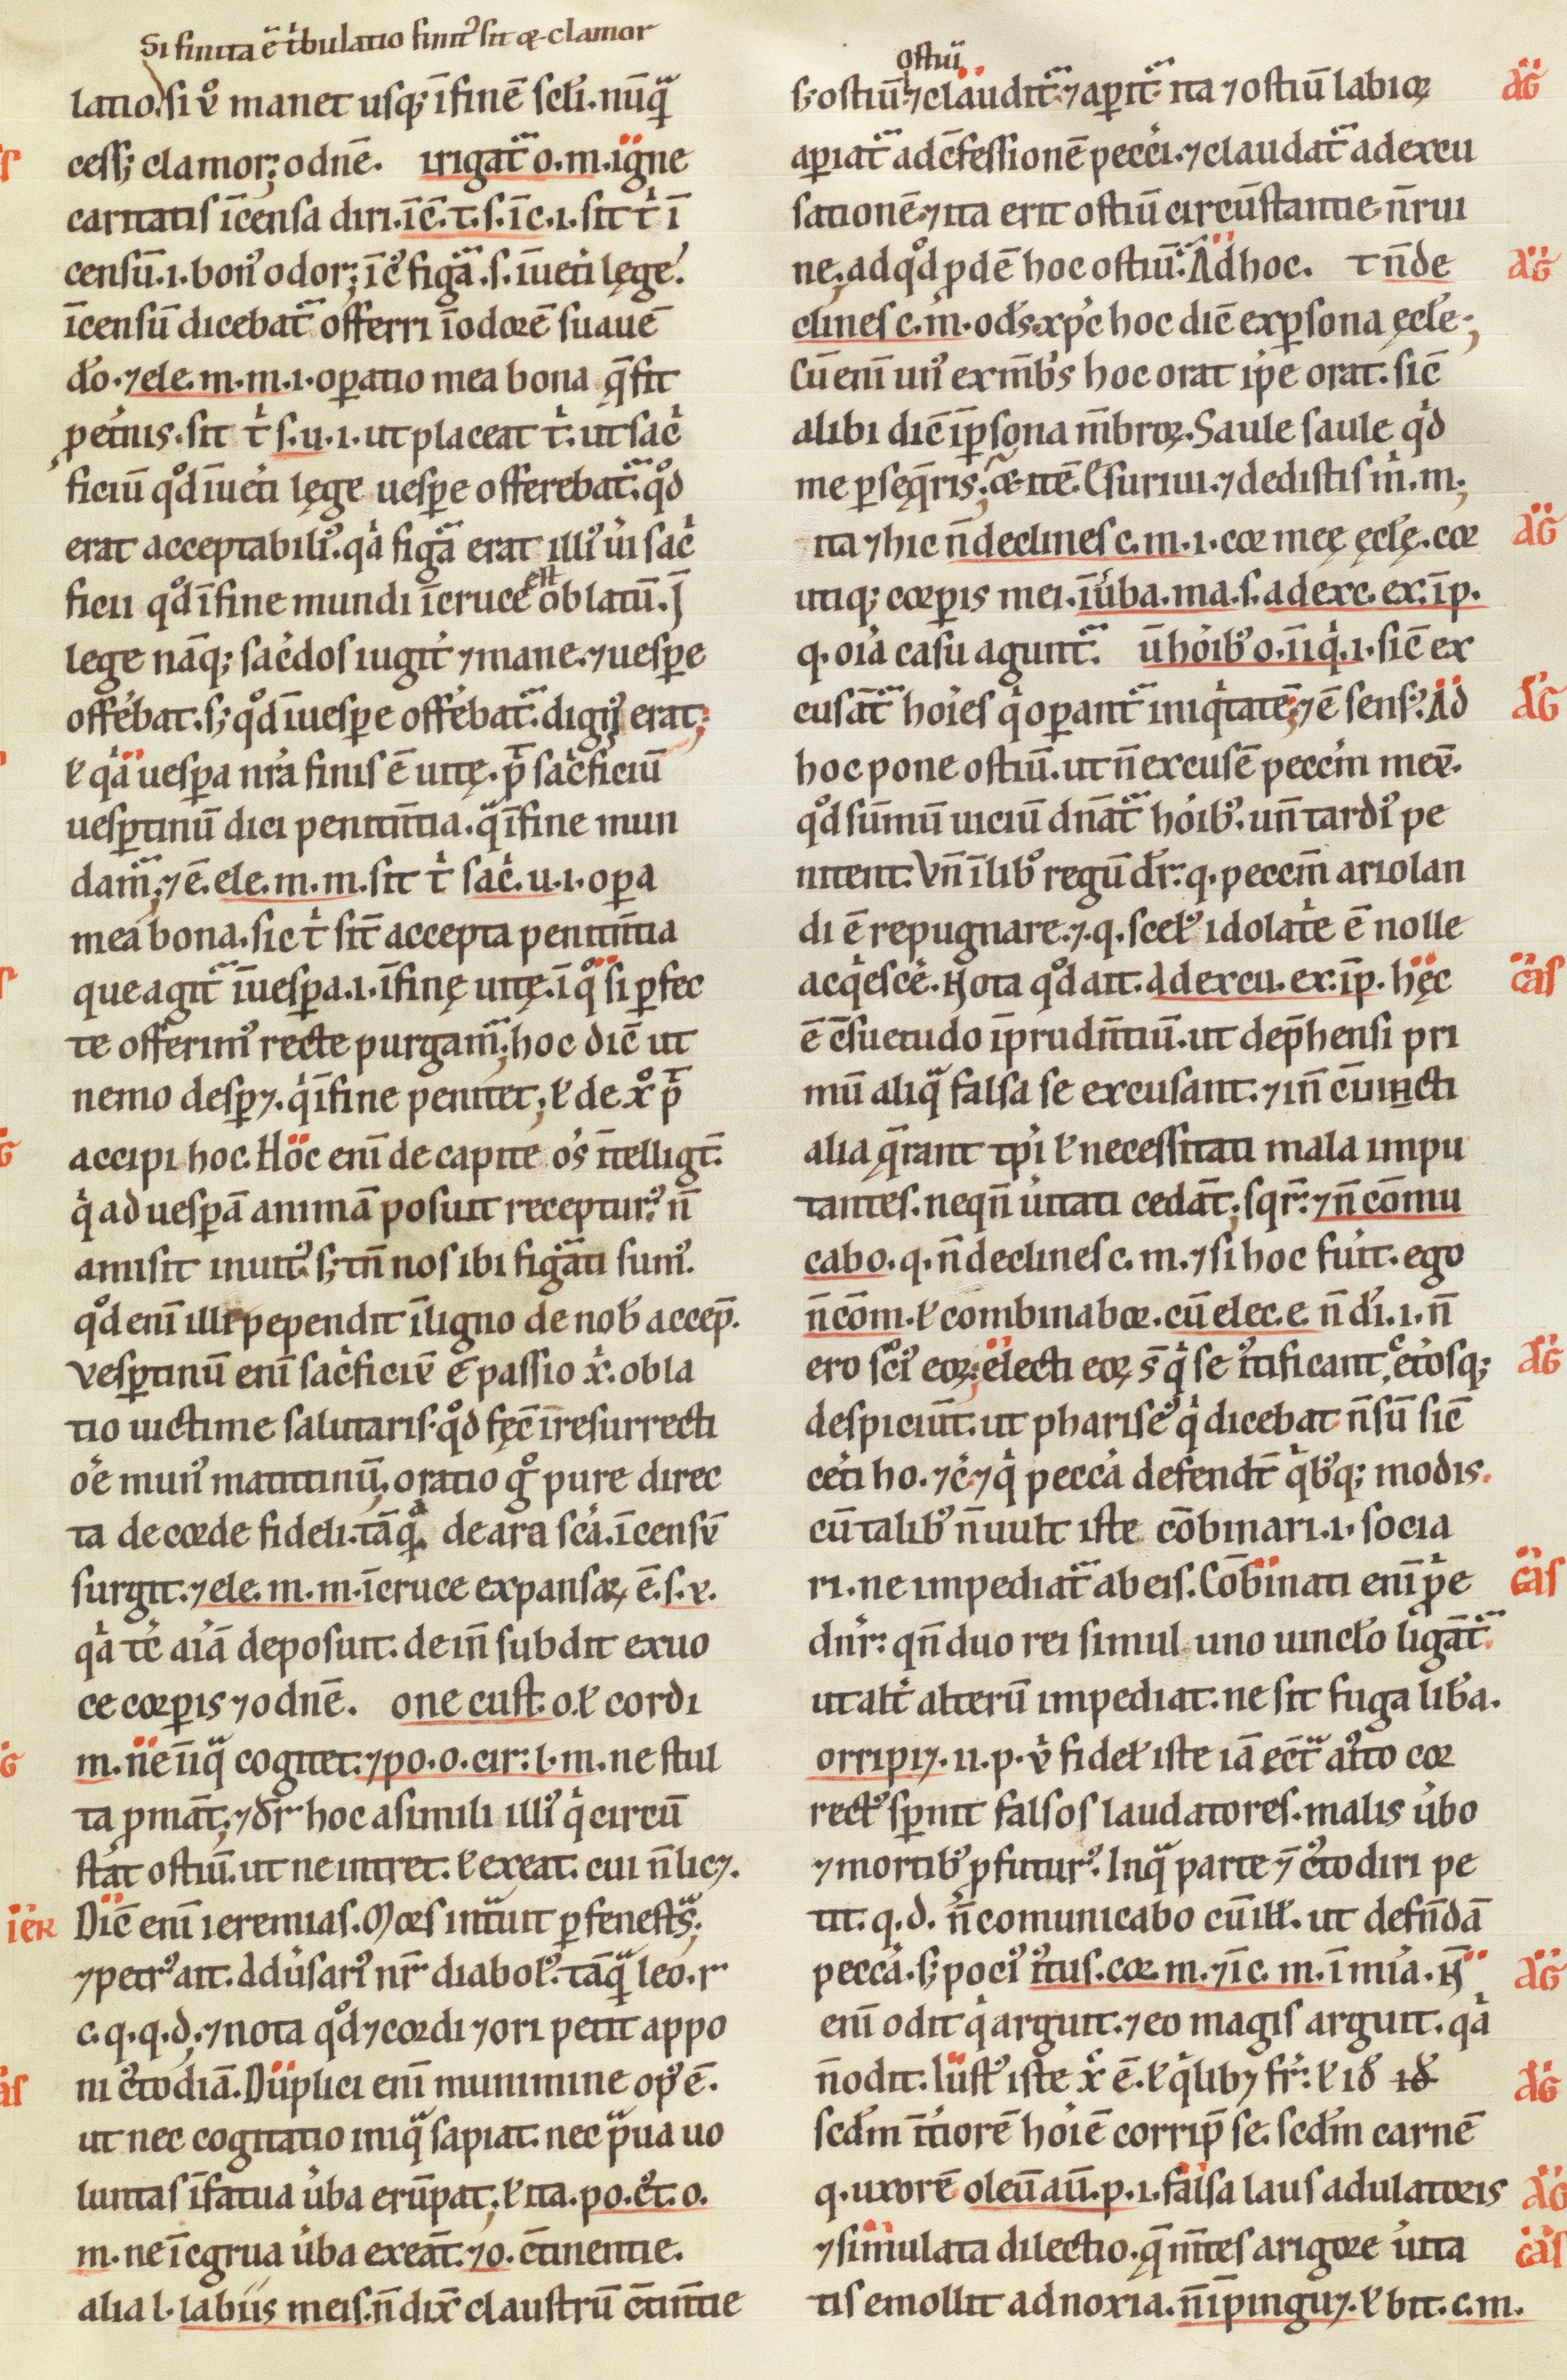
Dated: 1100–1199